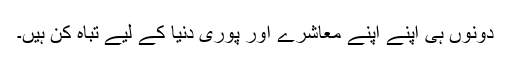
دونوں ہی اپنے اپنے معاشرے اور پوری دنیا کے لیے تباہ کن ہیں۔